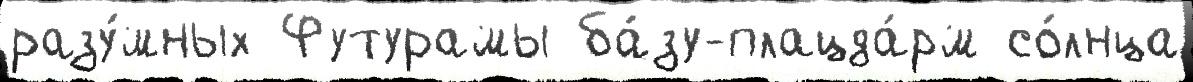
разу́мных Футурамы ба́зу-плацда́рм со́лнца